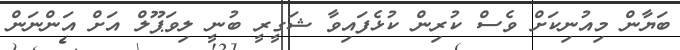
ބަޔާން މިއުނިކަށް ވެސް ކުރިން ކުޅެފައިވާ ޝަގީރީ ބުނީ ލިވަޕޫލް އަށް އަންނަން